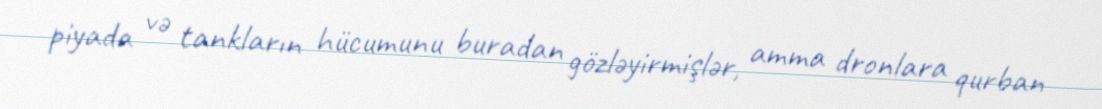
piyada və tankların hücumunu buradan gözləyirmişlər, amma dronlara qurban